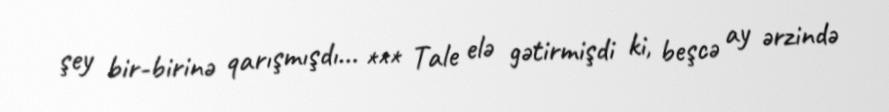
şey bir-birinə qarışmışdı... *** Tale elə gətirmişdi ki, beşcə ay ərzində